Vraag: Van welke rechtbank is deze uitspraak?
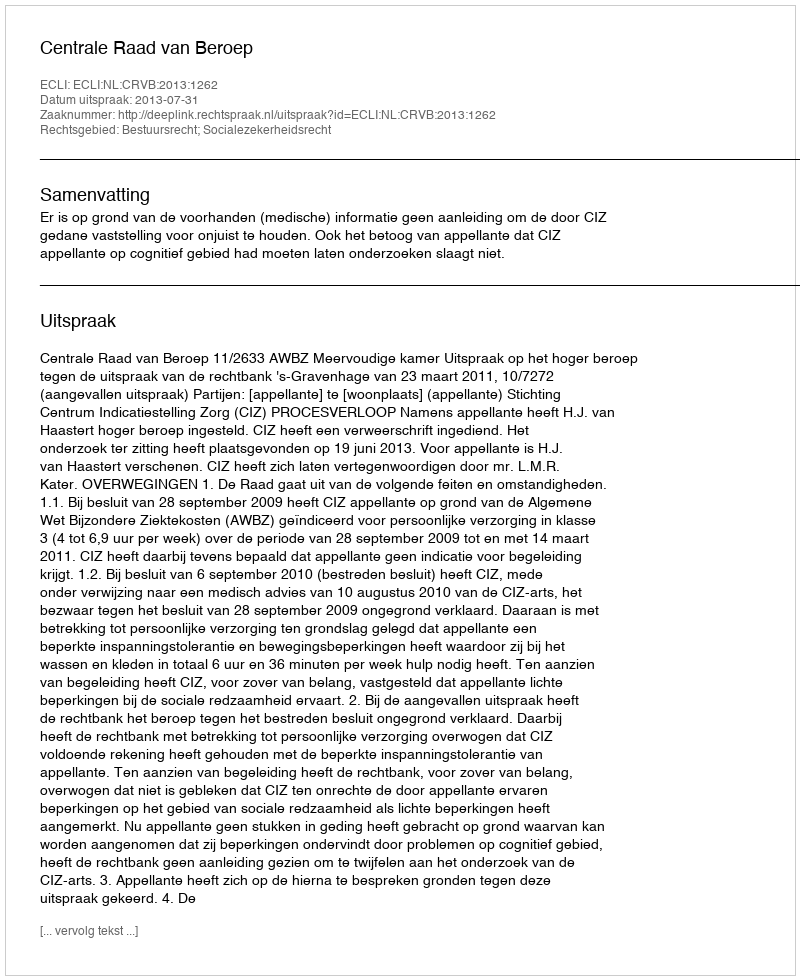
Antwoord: Centrale Raad van Beroep